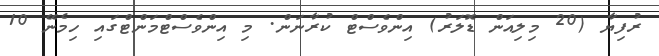
ރުފިޔާ (20 މިލިއަން ޑޮލަރު) އިންވެސްޓް ކުރާނަން. މި އިންވެސްޓްމަންޓްގައި ހިމެނޭ 10